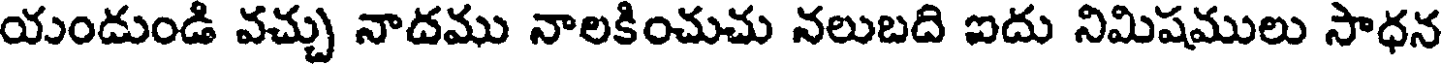
యండుండి వచ్చు నాదము నాలకించుచు నలుబది ఐదు నిమిషములు సాధన